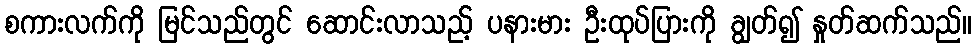
စကားလက်ကို မြင်သည်တွင် ဆောင်းလာသည့် ပနားမား ဦးထုပ်ပြားကို ချွတ်၍ နှုတ်ဆက်သည်။